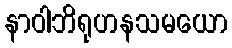
နာဝါဘိရုဟနသမယော